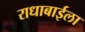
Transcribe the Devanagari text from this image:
राधाबाईला